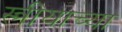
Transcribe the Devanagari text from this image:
स्त्रीयाच्या